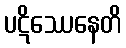
ပဋိဿေနေတိ